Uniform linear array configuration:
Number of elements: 8
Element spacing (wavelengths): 1
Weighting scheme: hamming
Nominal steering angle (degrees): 45
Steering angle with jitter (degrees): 44.882
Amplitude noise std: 0.05
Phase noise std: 0.05

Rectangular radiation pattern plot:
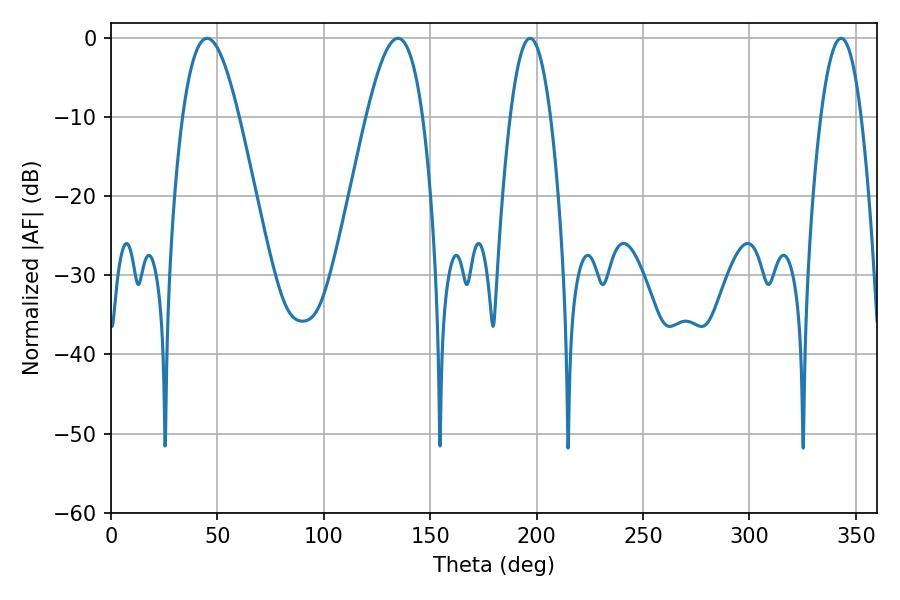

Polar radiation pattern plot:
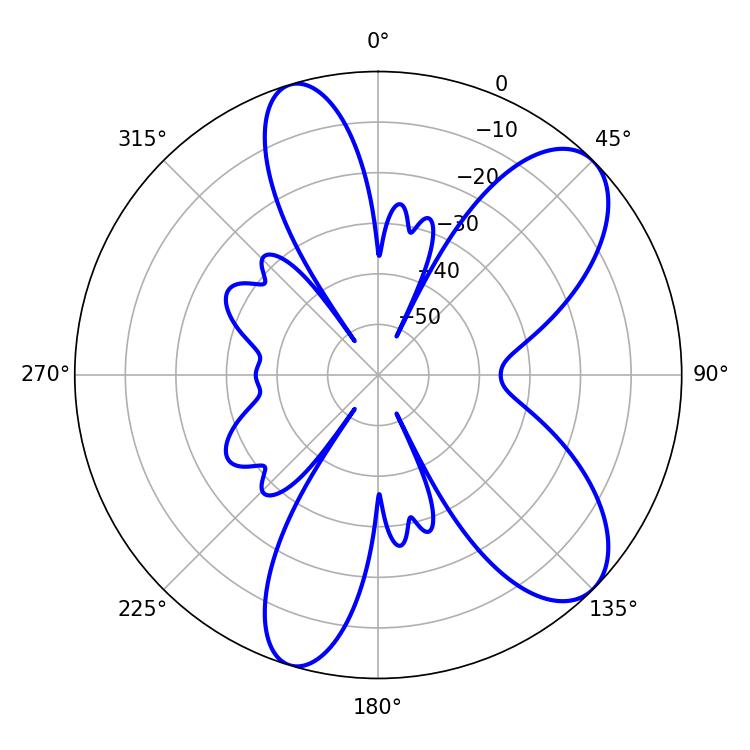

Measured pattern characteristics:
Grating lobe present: TRUE
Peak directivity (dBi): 8.607
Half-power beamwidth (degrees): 10.44
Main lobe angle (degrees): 196.92